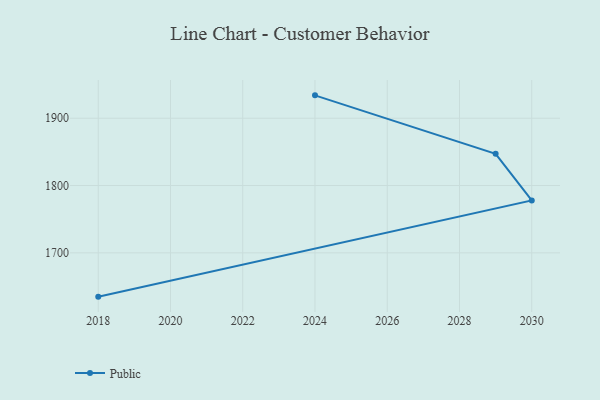
{"axis": {"x": "Year", "y": "Active Users"}, "legend": ["Public"], "data": [{"x": "2018", "y": 1634.9, "type": "Public"}, {"x": "2030", "y": 1777.9, "type": "Public"}, {"x": "2029", "y": 1847.1, "type": "Public"}, {"x": "2024", "y": 1934.0, "type": "Public"}]}